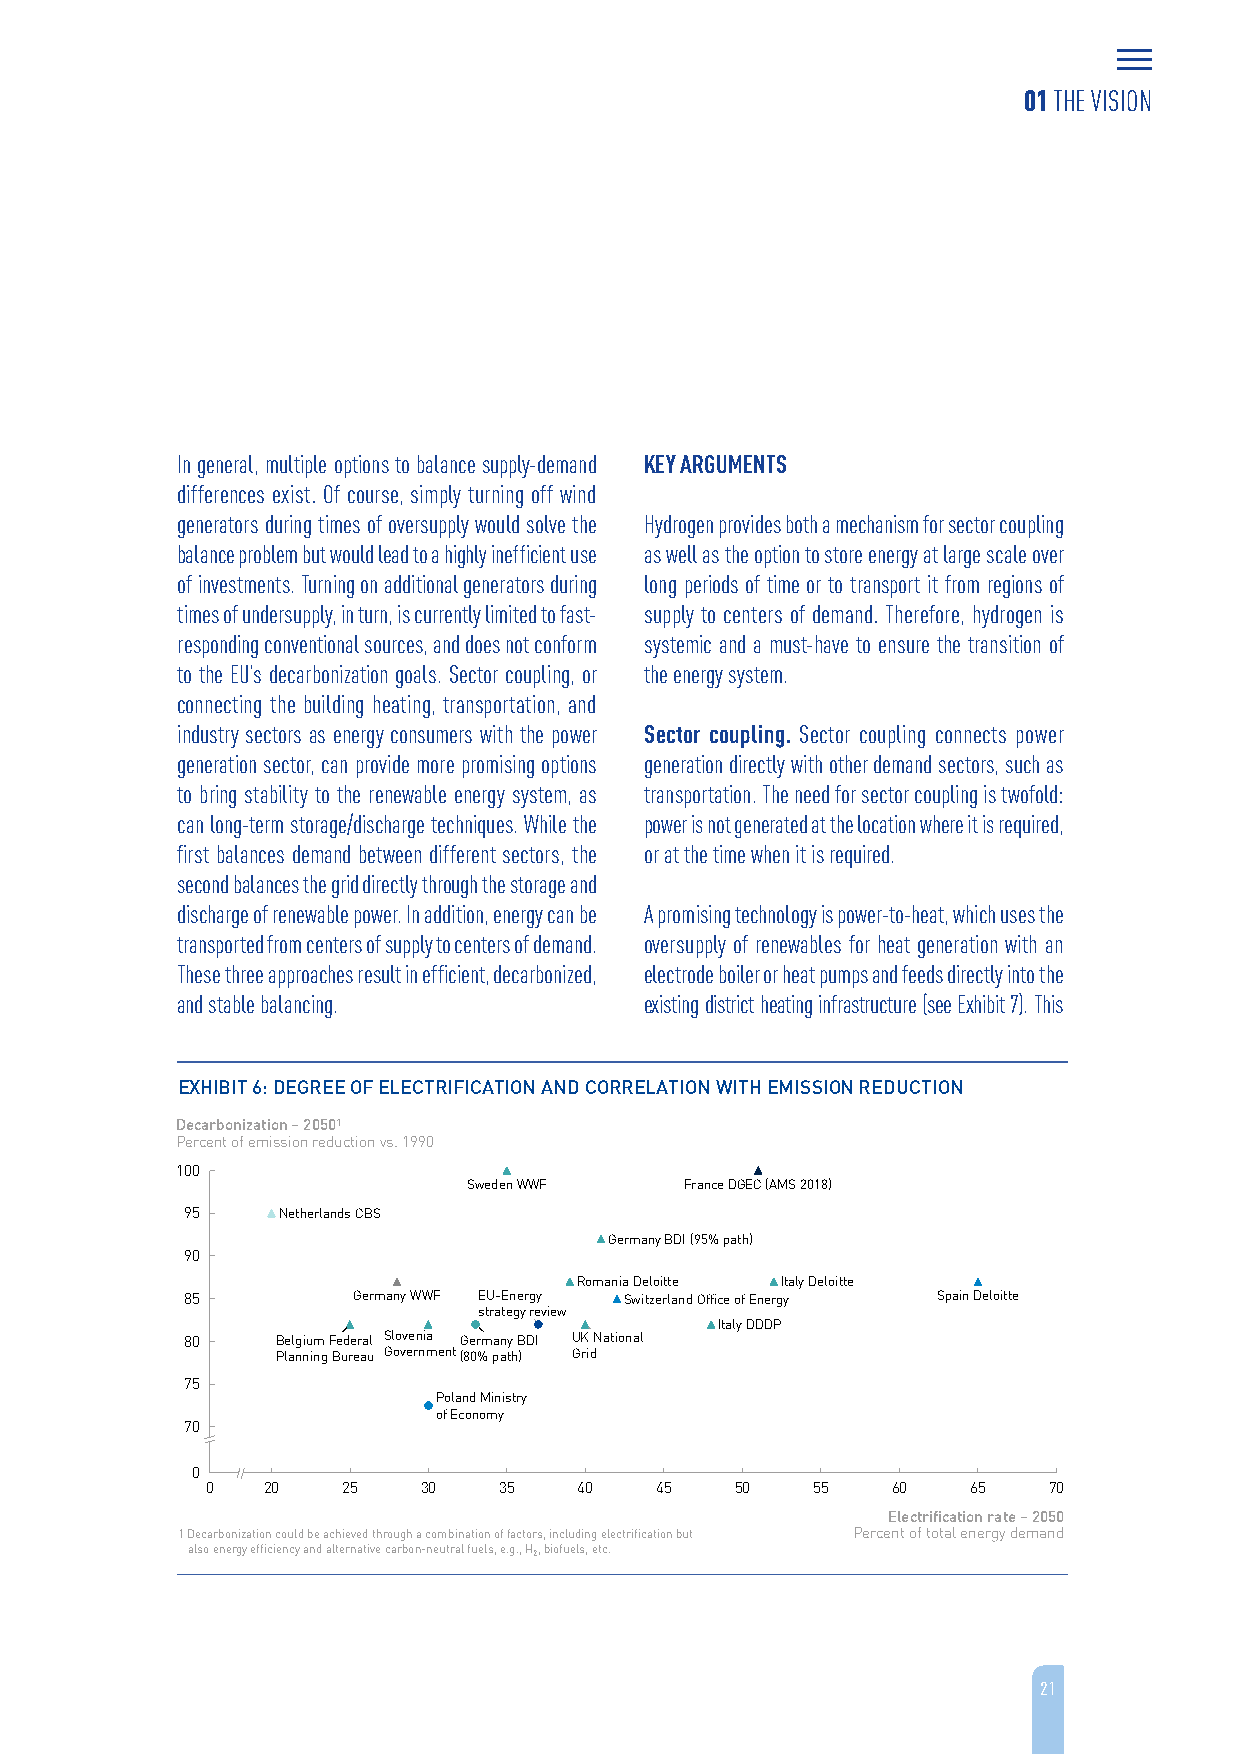
01 THE VISION
 In general, multiple options to balance supply-demand KEY ARGUMENTS
 differences exist. Of course, simply turning off wind
 generators during times of oversupply would solve the Hydrogen provides both a mechanism for sector coupling
 balance problem but would lead to a highly inefficient use as well as the option to store energy at large scale over
 of investments. Turning on additional generators during long periods of time or to transport it from regions of
 times of undersupply, in turn, is currently limited to fast- supply to centers of demand. Therefore, hydrogen is
 responding conventional sources, and does not conform systemic and a must-have to ensure the transition of
 to the EU’s decarbonization goals. Sector coupling, or the energy system.
 connecting the building heating, transportation, and
 industry sectors as energy consumers with the power Sector coupling. Sector coupling connects power
 generation sector, can provide more promising options generation directly with other demand sectors, such as
 to bring stability to the renewable energy system, as transportation. The need for sector coupling is twofold:
 can long-term storage/discharge techniques. While the power is not generated at the location where it is required,
 first balances demand between different sectors, the or at the time when it is required.
 second balances the grid directly through the storage and
 discharge of renewable power. In addition, energy can be A promising technology is power-to-heat, which uses the
 transported from centers of supply to centers of demand. oversupply of renewables for heat generation with an
 These three approaches result in efficient, decarbonized, electrode boiler or heat pumps and feeds directly into the
 and stable balancing.          existing district heating infrastructure (see Exhibit 7). This
 EXHIBIT 6: DEGREE OF ELECTRIFICATION AND CORRELATION WITH EMISSION REDUCTION
 Decarbonization –20501
 Percent of emission reduction vs. 1990
 100
 Sweden WWF    France DGEC (AMS 2018)
 95    Netherlands CBS
 Germany BDI (95% path)
 90
 Romania Deloitte Italy Deloitte
 85         Germany WWF EU-Energy Switzerland Office of Energy Spain Deloitte
 strategy review
 Italy DDDP
 80    Belgium Federal Slovenia Germany BDI UK National
 Planning Bureau Government(80% path) Grid
 75
 Poland Ministry
 of Economy
 70
 0
 0  20    25   30   35   40   45    50   55   60   65   70
 Electrification rate –2050
 1 Decarbonization could be achieved through a combination of factors, including electrification but Percent of total energy demand
 also energy efficiency and alternative carbon-neutral fuels, e.g., H2, biofuels, etc.
 21